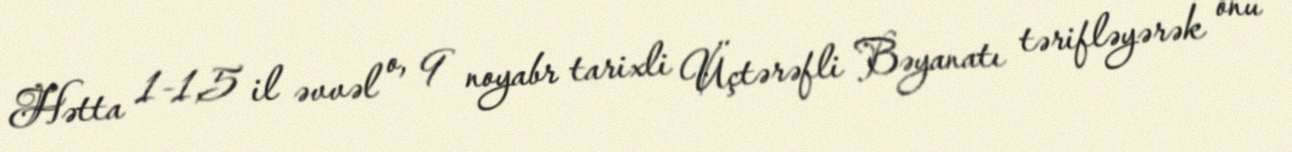
Hətta 1-1,5 il əvvəl o, 9 noyabr tarixli Üçtərəfli Bəyanatı tərifləyərək onu